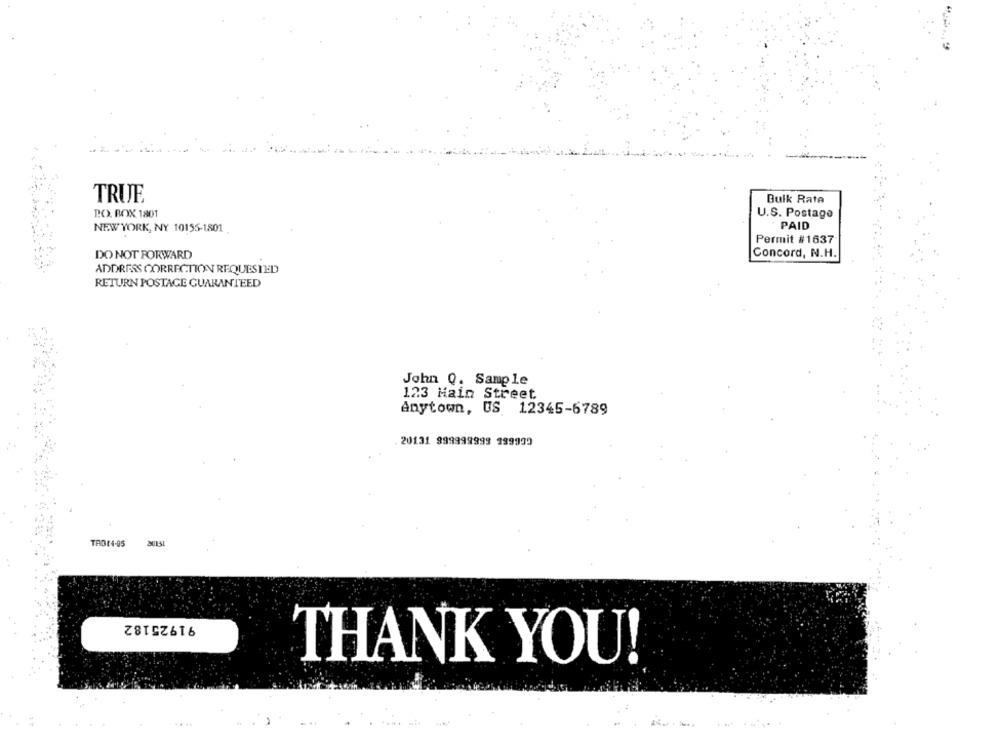
TRUE
Bulk Rate
PO. BOX 1801
U.S. Postage
NEW YORK, NY 10155-1801
PAID
Permit #1637
DO NOT FORWARD
Concord, N.H.
ADDRESS CORRECTION REQUESTED
RETURN POSTAGE GUARANTEED
John Q. Sample
123 Main Street
Anytown, US 12345-6789
20131 999999999 999999
20131
TAB14-05
91925182
THANK YOU!